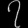
Digit: ၇